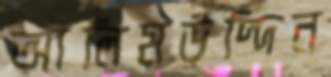
আলিমউদ্দিন